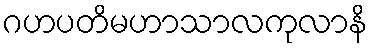
ဂဟပတိမဟာသာလကုလာနိ